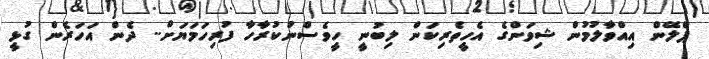
ޕްލޭން އިއްވާލުމުން ޝިވަންގެ އެހީތެރިކަން ލިބުނީ ހީވެސްނުކުރާހާ ފުރިހަމަޔަށް.. ދެން އަހަރެން ގުޅީ